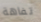
تفاهة